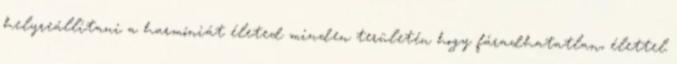
helyreállítani a harmóniát életed minden területén hogy fáradhatatlan, élettel